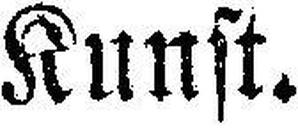
Kunst.